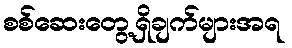
စစ်ဆေးတွေ့ရှိချက်များအရ